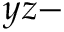
y z -